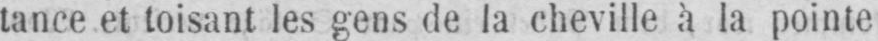
tance et toisant les gens de la cheville à la pointe